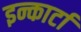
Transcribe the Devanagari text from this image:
इन्कार्टा